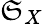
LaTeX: {\mathfrak{S}}_{X}